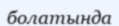
болатында